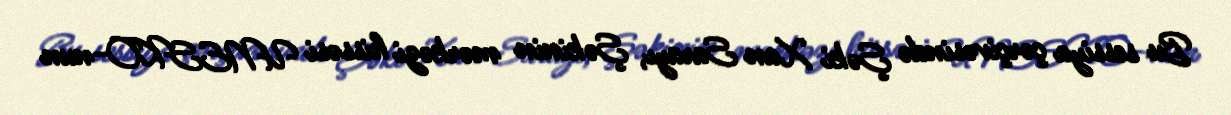
Bu sessiya çərçivəsində Şəki Xan Sarayı, Şəkinin mərkəzi hissəsi UNESKO-nun